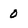
Character: 0